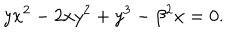
y x ^ { 2 } - 2 x y ^ { 2 } + y ^ { 3 } - \beta ^ { 2 } x = 0 .